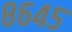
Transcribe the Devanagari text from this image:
८६४५